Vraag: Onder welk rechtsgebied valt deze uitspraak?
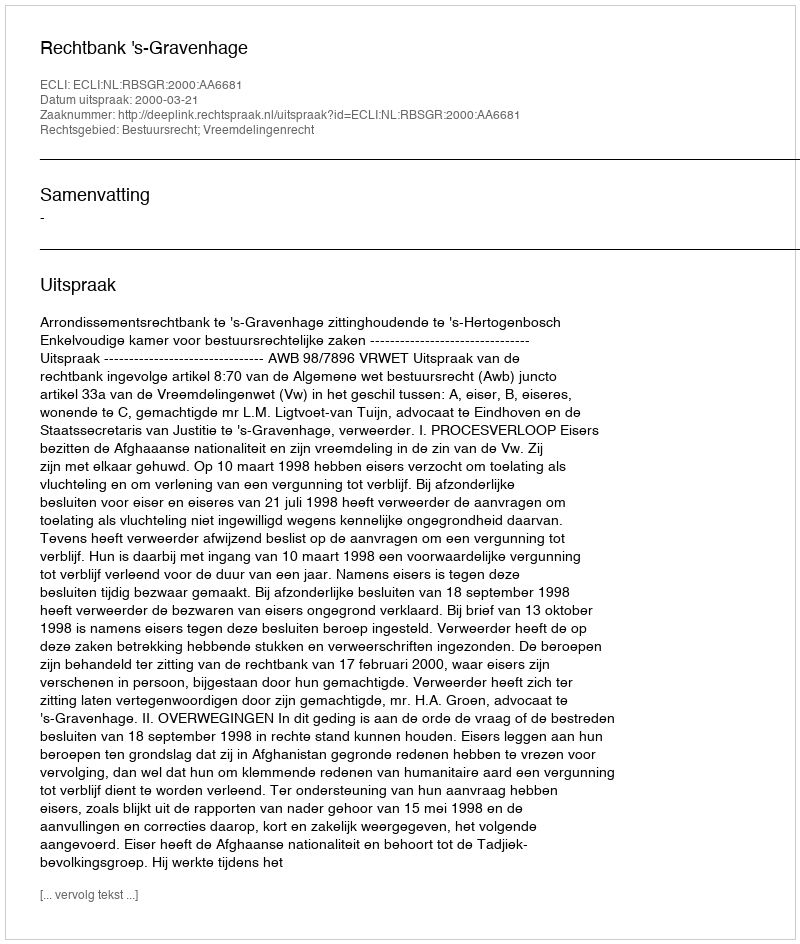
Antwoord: Bestuursrecht; Vreemdelingenrecht